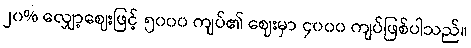
၂၀% လျှော့ဈေးဖြင့် ၅၀၀၀ ကျပ်၏ ဈေးမှာ ၄၀၀၀ ကျပ်ဖြစ်ပါသည်။